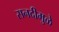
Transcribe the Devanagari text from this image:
सनदीमुळे